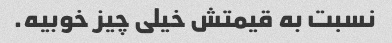
نسبت به قیمتش خیلی چیز خوبیه.